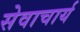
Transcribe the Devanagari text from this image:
सेवाचार्य